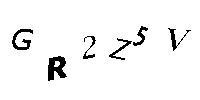
GR2Z5V